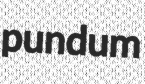
pundum